18_100754_ General 1946-7_Vol_2
Agency: Department of War
Incident date: 12/30/47
Page 6
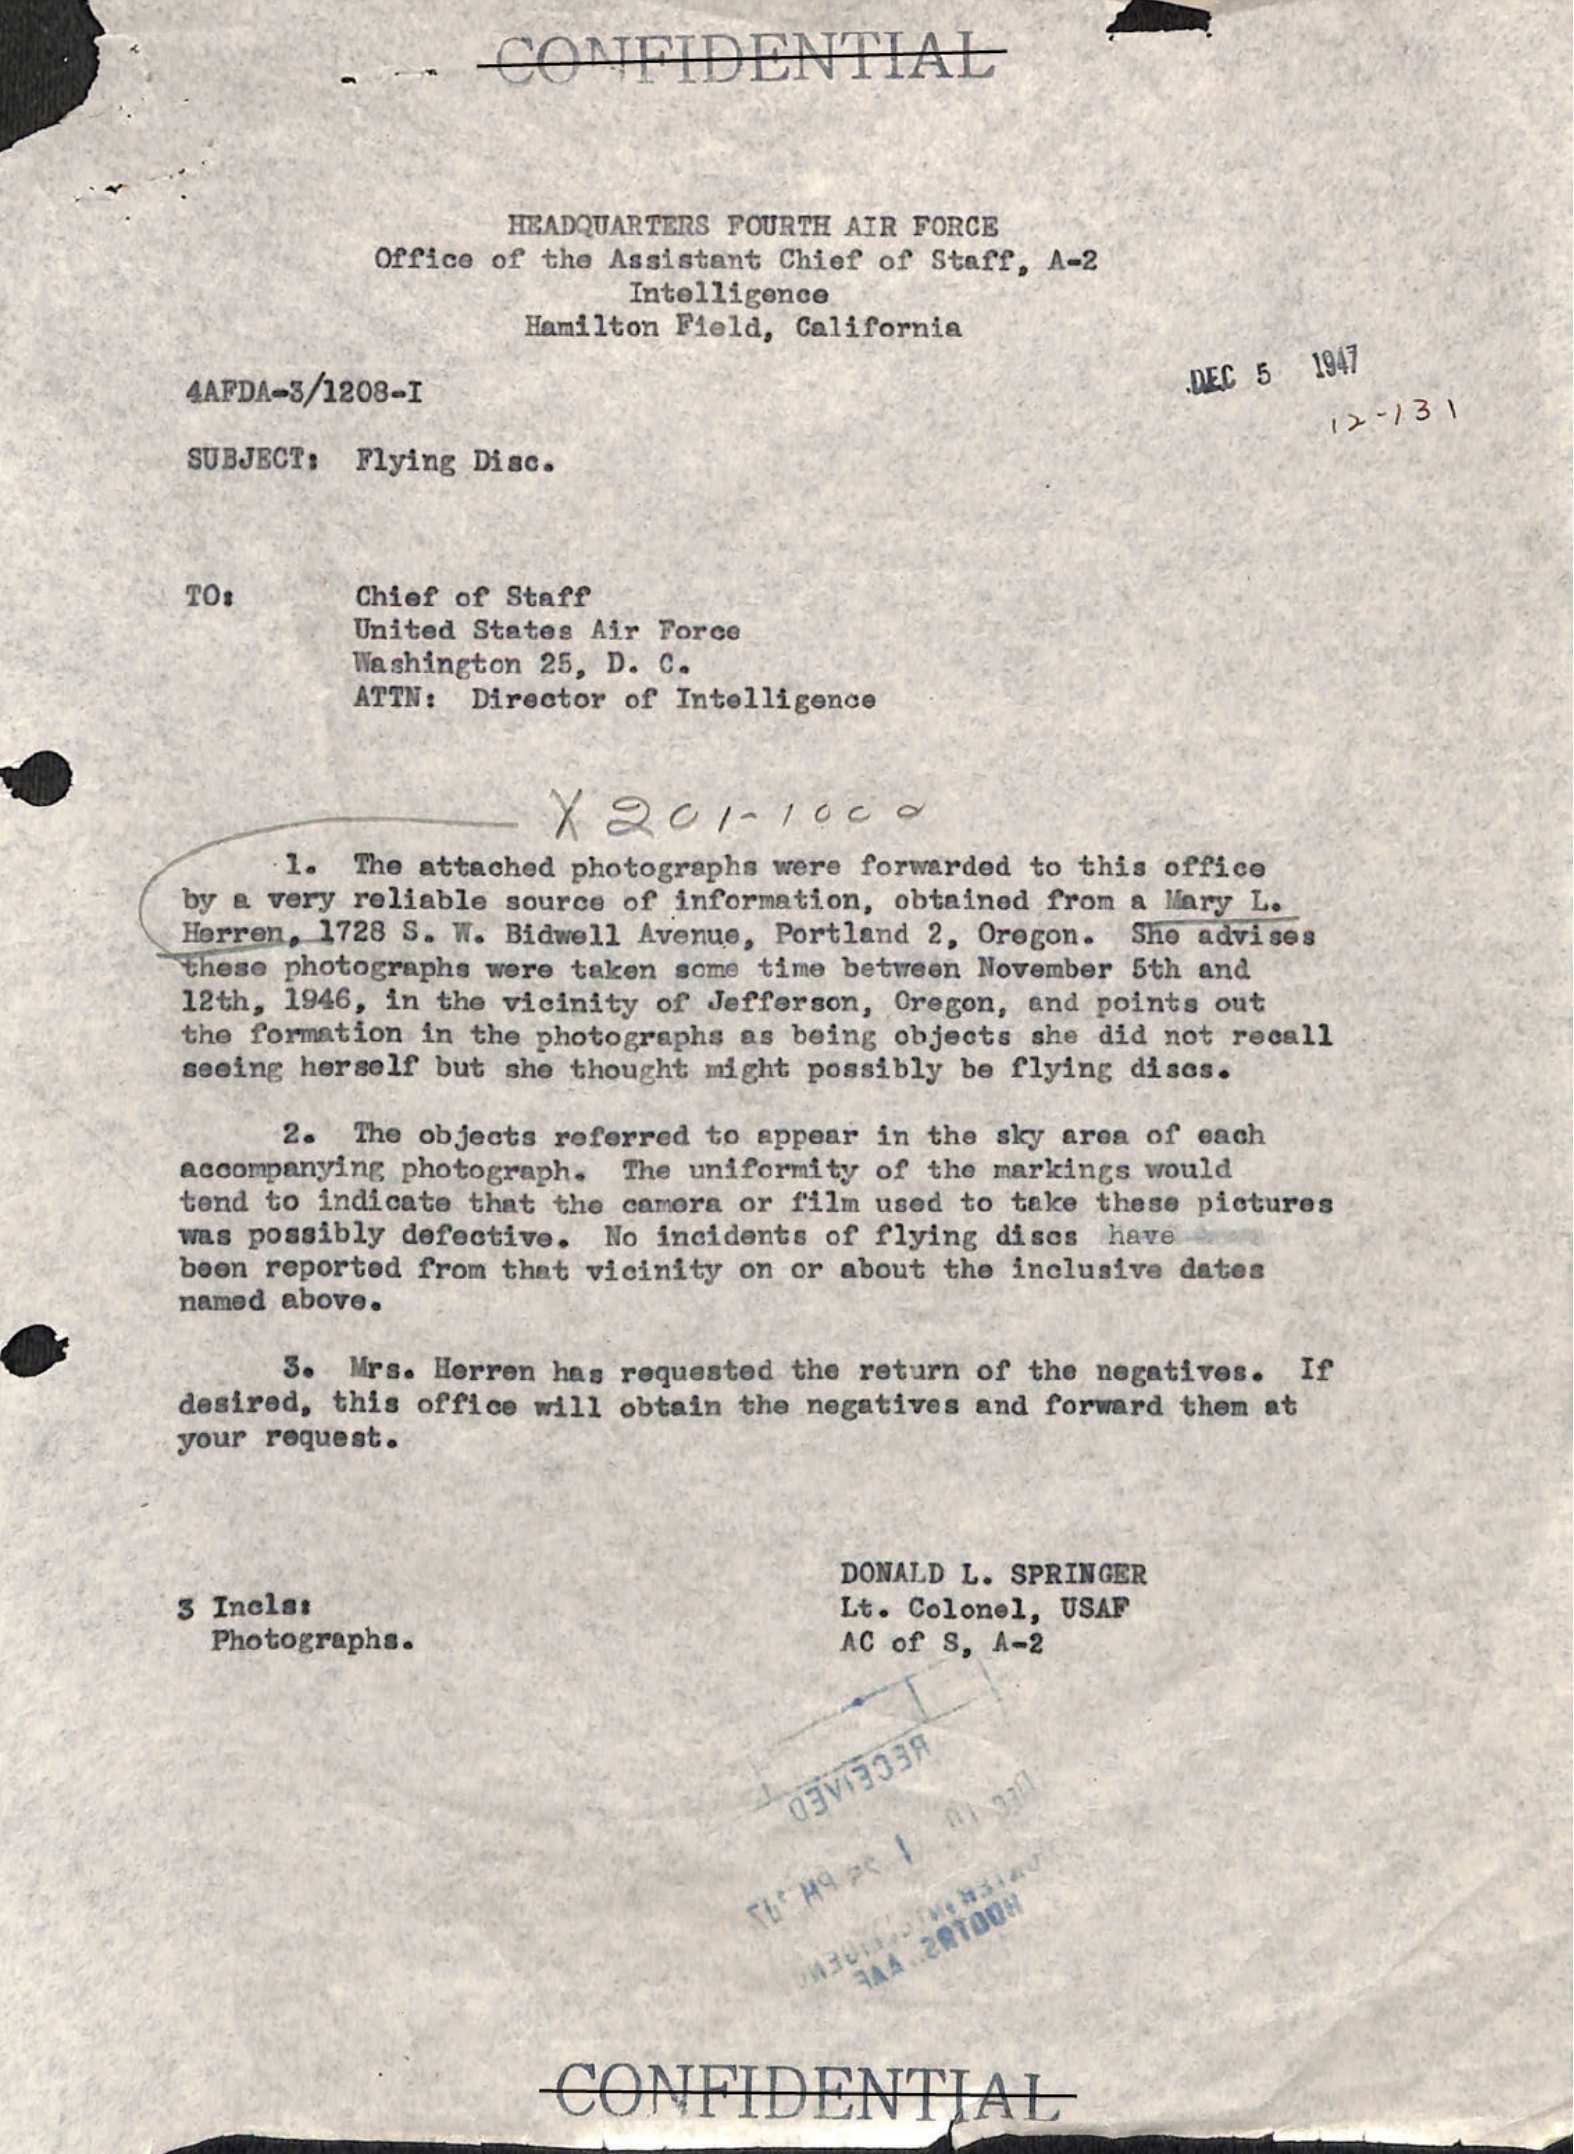